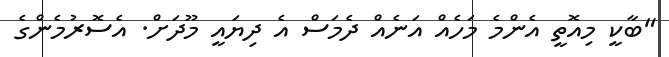
"ބާކީ މިއޮތީ އެންމެ މަހެއް އަނެއް ދެމަސް އެ ދިޔައީ މޫދަށް. އެސޮރުމެންގެ